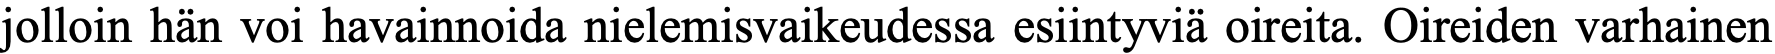
jolloin hän voi havainnoida nielemisvaikeudessa esiintyviä oireita. Oireiden varhainen